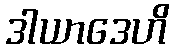
ဒါယာဒေဟိ